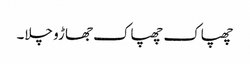
چھپاک چھپاک جھاڑو چلا۔